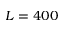
L = 4 0 0